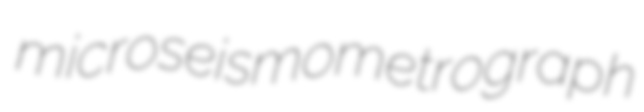
microseismometrograph